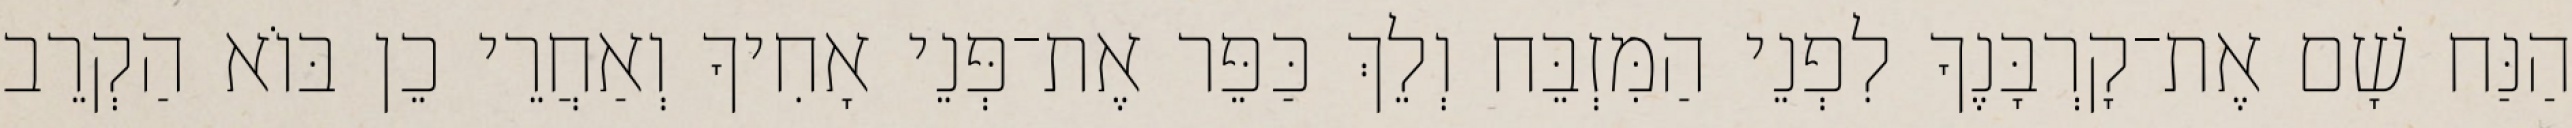
הַנַּח שָׁם אֶת־קָרְבָּנֶךָ לִפְנֵי הַמִּזְבֵּח וְלֵךְ כַּפֵּר אֶת־פְּנֵי אָחִיךָ וְאַחֲרֵי כֵן בּוֹא הַקְרֵב